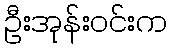
ဦးအုန်းဝင်းက